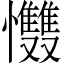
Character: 𢥵